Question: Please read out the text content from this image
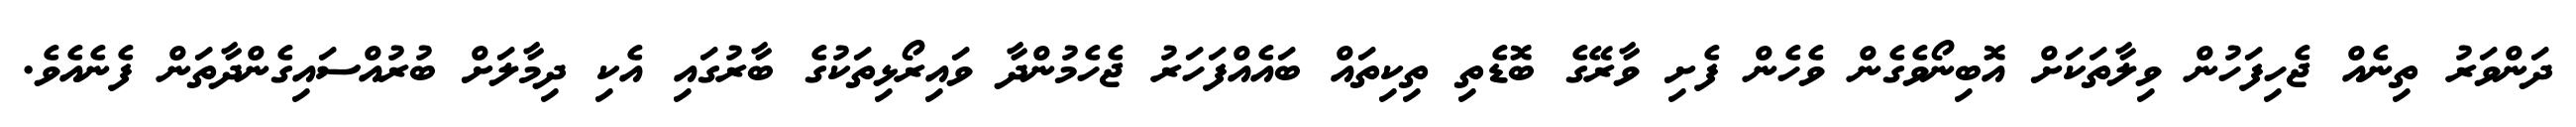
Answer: ދަންވަރު ތިނެއް ޖެހިފަހުން ވިލާތަކަށް އޮބިނޯވެގެން ވެހެން ފެށި ވާރޭގެ ބޮޑެތި ތިކިތައް ބައެއްފަހަރު ޖެހެމުންދާ ވައިރޯޅިތަކުގެ ބާރުގައި އެކި ދިމާލަށް ބުރުއްސައިގެންދާތަން ފެނެއެވެ.